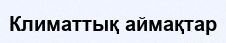
Климаттық аймақтар